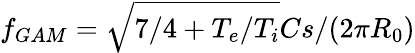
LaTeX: f_{GAM}=\sqrt{7/4+T_{e}/T_{i}}Cs/(2\pi R_{0})